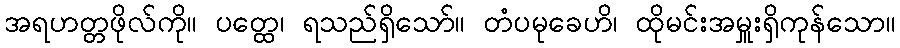
အရဟတ္တဖိုလ်ကို။ ပတ္ထေ၊ ရသည်ရှိသော်။ တံပမုခေဟိ၊ ထိုမင်းအမှူးရှိကုန်သော။